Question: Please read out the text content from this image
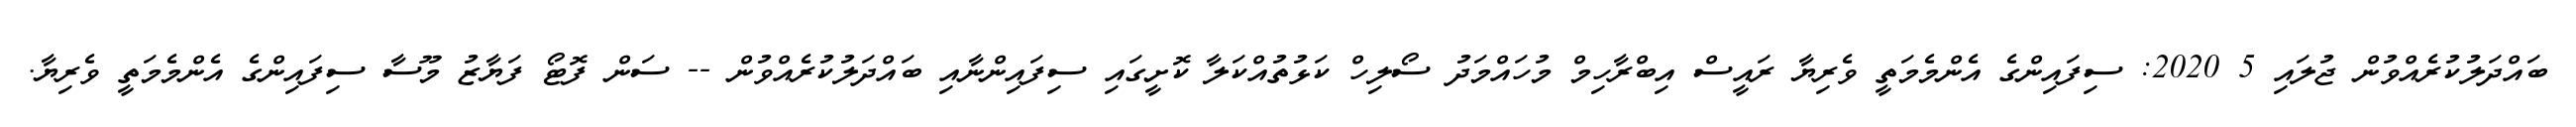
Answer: ބައްދަލުކުރެއްވުން ޖުލައި 5 2020: ސިފައިންގެ އެންމެމަތީ ވެރިޔާ ރައީސް އިބްރާހިމް މުހައްމަދު ސޯލިހް ކަޅުތުއްކަލާ ކޮށީގައި ސިފައިންނާއި ބައްދަލުކުރެއްވުން -- ސަން ފޮޓޯ ފަޔާޒު މޫސާ ސިފައިންގެ އެންމެމަތީ ވެރިޔާ.